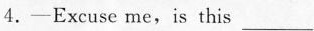
4.—Excuse me，is this ___